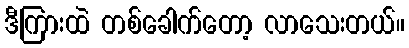
ဒီကြားထဲ တစ်ခေါက်တော့ လာသေးတယ်။